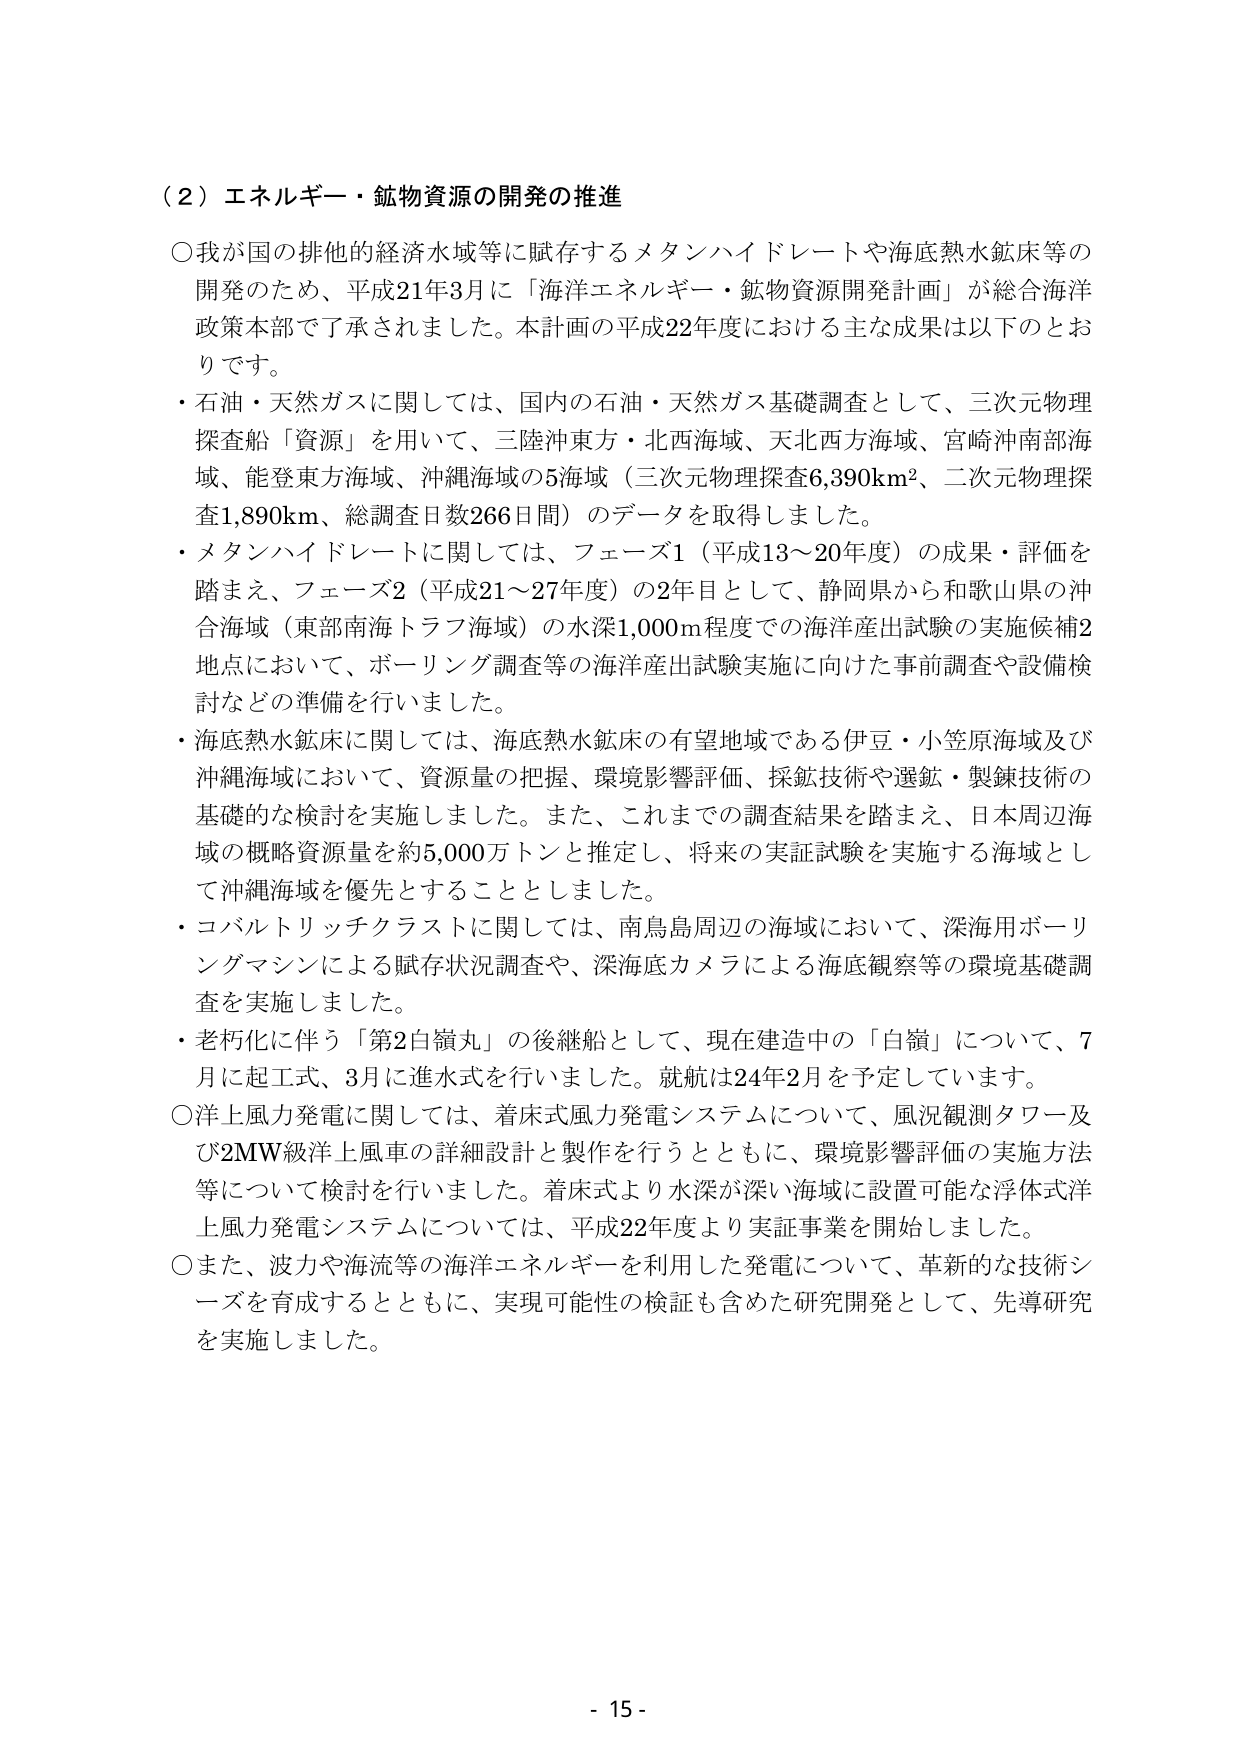
（２）エネルギー・鉱物資源の開発の推進

○我が国の排他的経済水域等に賦存するメタンハイドレートや海底熱水鉱床等の開発のため、平成21年3月に「海洋エネルギー・鉱物資源開発計画」が総合海洋政策本部で了承されました。本計画の平成22年度における主な成果は以下のとおりです。

・石油・天然ガスに関しては、国内の石油・天然ガス基礎調査として、三次元物理探査船「資源」を用いて、三陸沖東方・北西海域、天北西方海域、宮崎沖南部海域、能登東方海域、沖縄海域の5海域（三次元物理探査6,390km²、二次元物理探査1,890km、総調査日数266日間）のデータを取得しました。

・メタンハイドレートに関しては、フェーズ1（平成13～20年度）の成果・評価を踏まえ、フェーズ2（平成21～27年度）の2年目として、静岡県から和歌山県の沖合海域（東部南海トラフ海域）の水深1,000m程度での海洋産出試験の実施候補2地点において、ボーリング調査等の海洋産出試験実施に向けた事前調査や設備検討などの準備を行いました。

・海底熱水鉱床に関しては、海底熱水鉱床の有望地域である伊豆・小笠原海域及び沖縄海域において、資源量の把握、環境影響評価、採鉱技術や選鉱・製錬技術の基礎的な検討を実施しました。また、これまでの調査結果を踏まえ、日本周辺海域の概略資源量を約5,000万トンと推定し、将来の実証試験を実施する海域として沖縄海域を優先することとしました。

・コバルトリッチクラストに関しては、南鳥島周辺の海域において、深海用ボーリングマシンによる賦存状況調査や、深海底カメラによる海底観察等の環境基礎調査を実施しました。

・老朽化に伴う「第2白嶺丸」の後継船として、現在建造中の「白嶺」について、7月に起工式、3月に進水式を行いました。就航は24年2月を予定しています。

○洋上風力発電に関しては、着床式風力発電システムについて、風況観測タワー及び2MW級洋上風車の詳細設計と製作を行うとともに、環境影響評価の実施方法等について検討を行いました。着床式より水深が深い海域に設置可能な浮体式洋上風力発電システムについては、平成22年度より実証事業を開始しました。

○また、波力や海流等の海洋エネルギーを利用した発電について、革新的な技術シーズを育成するとともに、実現可能性の検証も含めた研究開発として、先導研究を実施しました。

- 15 -